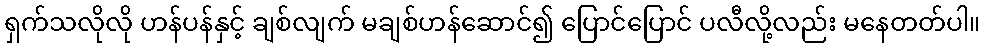
ရှက်သလိုလို ဟန်ပန်နှင့် ချစ်လျက် မချစ်ဟန်ဆောင်၍ ပြောင်ပြောင် ပလီလို့လည်း မနေတတ်ပါ။